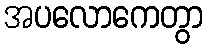
အပလောကေတွာ